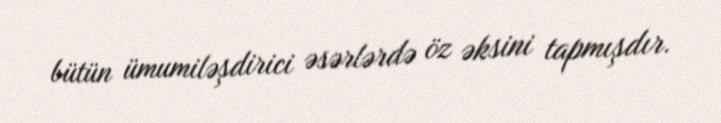
bütün ümumiləşdirici əsərlərdə öz əksini tapmışdır.